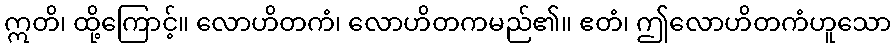
ဣတိ၊ ထို့ကြောင့်။ လောဟိတကံ၊ လောဟိတကမည်၏။ ဧတံ၊ ဤလောဟိတကံဟူသော